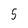
Character: 5